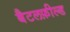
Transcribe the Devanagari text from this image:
बैटलफ़ील्ड